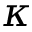
\kappa